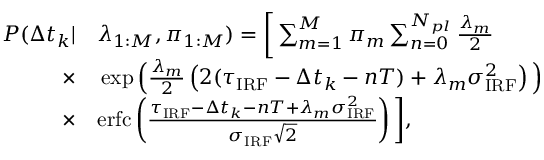
\begin{array} { r l } { P ( \Delta t _ { k } | } & { { } \lambda _ { 1 : M } , \pi _ { 1 : M } ) = \bigg [ \sum _ { m = 1 } ^ { M } \pi _ { m } \sum _ { n = 0 } ^ { N _ { p l } } \frac { \lambda _ { m } } { 2 } } \\ { \times } & { { } \exp \Big ( \frac { \lambda _ { m } } { 2 } \left( 2 ( \tau _ { \mathrm { I R F } } - \Delta t _ { k } - n T ) + \lambda _ { m } \sigma _ { \mathrm { I R F } } ^ { 2 } \right) \Big ) } \\ { \times } & { { } \mathrm { e r f c } \left( \frac { \tau _ { \mathrm { I R F } } - \Delta t _ { k } - n T + \lambda _ { m } \sigma _ { \mathrm { I R F } } ^ { 2 } } { \sigma _ { \mathrm { I R F } } \sqrt { 2 } } \right) \bigg ] , } \end{array}